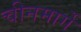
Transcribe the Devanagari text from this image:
चीनमार्गे